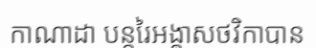
កាណាដា បន្តរៃអង្គាសថវិកាបាន